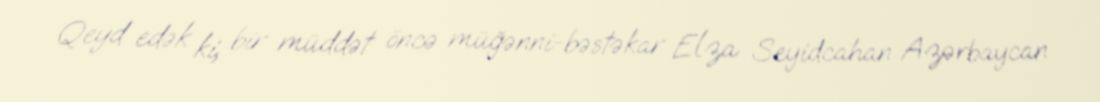
Qeyd edək ki, bir müddət öncə müğənni-bəstəkar Elza Seyidcahan Azərbaycan